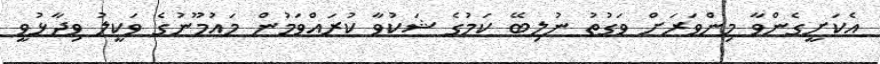
އެކަށީގެންވާ މިންވަރަށް ވަގުތު ނުލިބޭ ކަމުގެ ޝަކުވާ ކުރައްވަމުން މައުމޫނުގެ ވަކީލު ވިދާޅުވީ